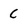
Character: c